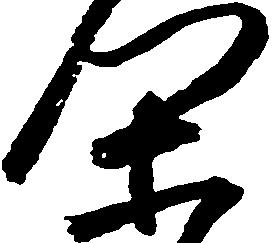
閑